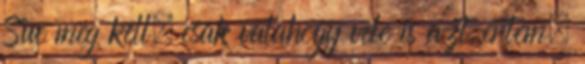
Sue meg kell, csak valahogy vele is azt értem,